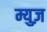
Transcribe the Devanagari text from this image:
म्युज़